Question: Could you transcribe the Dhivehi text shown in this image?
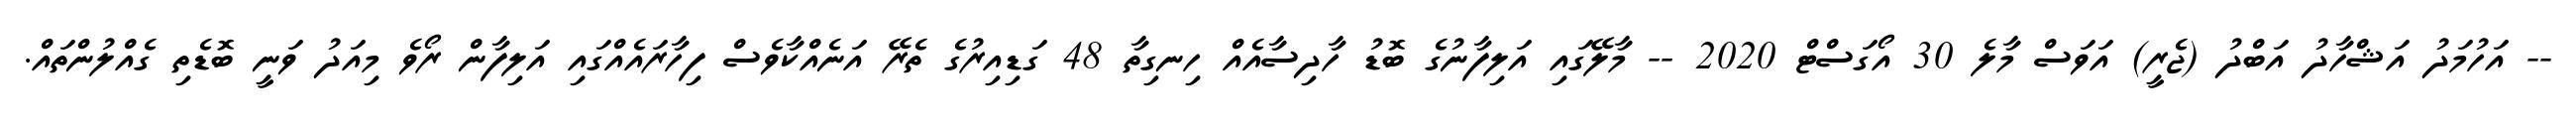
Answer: -- އަހުމަދު އަޝްހާދު އަބްދު (ޖެރީ) އަވަސް މާލެ 30 އޯގަސްޓް 2020 -- މާލޭގައި އަލިފާނުގެ ބޮޑު ހާދިސާއެއް ހިނގިތާ 48 ގަޑިއިރުގެ ތެރޭ އަނެއްކާވެސް ފިހާރައެއްގައި އަލިފާން ރޯވެ މިއަދު ވަނީ ބޮޑެތި ގެއްލުންތައް.